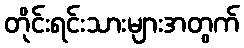
တိုင်းရင်းသားများအတွက်